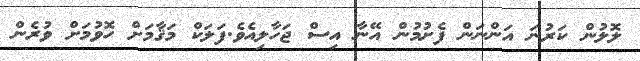
ލޮލުން ކަރުނަ އަންނަން ފެށުމުން އޭނާާ އިސް ޖަހާލިއެވެ.ފަލަކް މަޤާމަށް ހޮވުމަށް ވުރެން